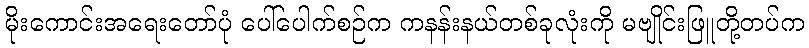
မိုးကောင်းအရေးတော်ပုံ ပေါ်ပေါက်စဉ်က ကနန်းနယ်တစ်ခုလုံးကို မဗျိုင်းဖြူတို့တပ်က